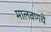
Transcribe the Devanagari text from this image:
मालवणचे